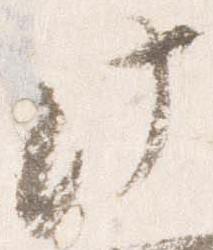
此